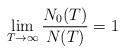
LaTeX: \begin{align*} \lim_{T\to \infty} \frac{N_0(T)}{N(T)}=1\end{align*}